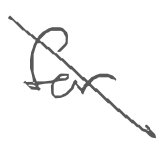
Text: for
Cross-out: mix
Writing tool: digital_gray